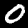
Label: 0